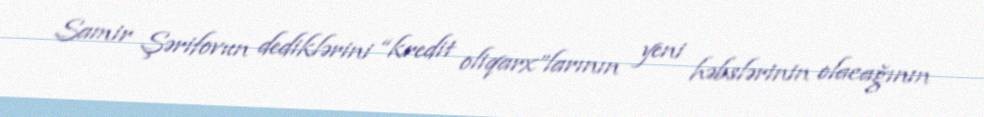
Samir Şərifovun dediklərini “kredit oliqarx”larının yeni həbslərinin olacağının